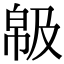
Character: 𢃺